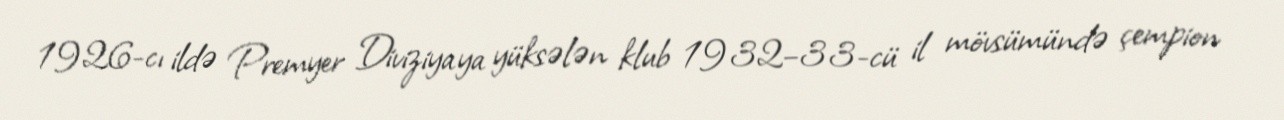
1926-cı ildə Premyer Diviziyaya yüksələn klub 1932–33-cü il mövsümündə çempion